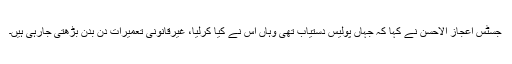
جسٹس اعجاز الاحسن نے کہا کہ جہاں پولیس دستیاب تھی وہاں اس نے کیا کرلیا، غیرقانونی تعمیرات دن بدن بڑھتی جارہی ہیں۔